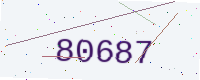
Text: 80687